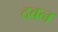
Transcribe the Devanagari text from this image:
दवन